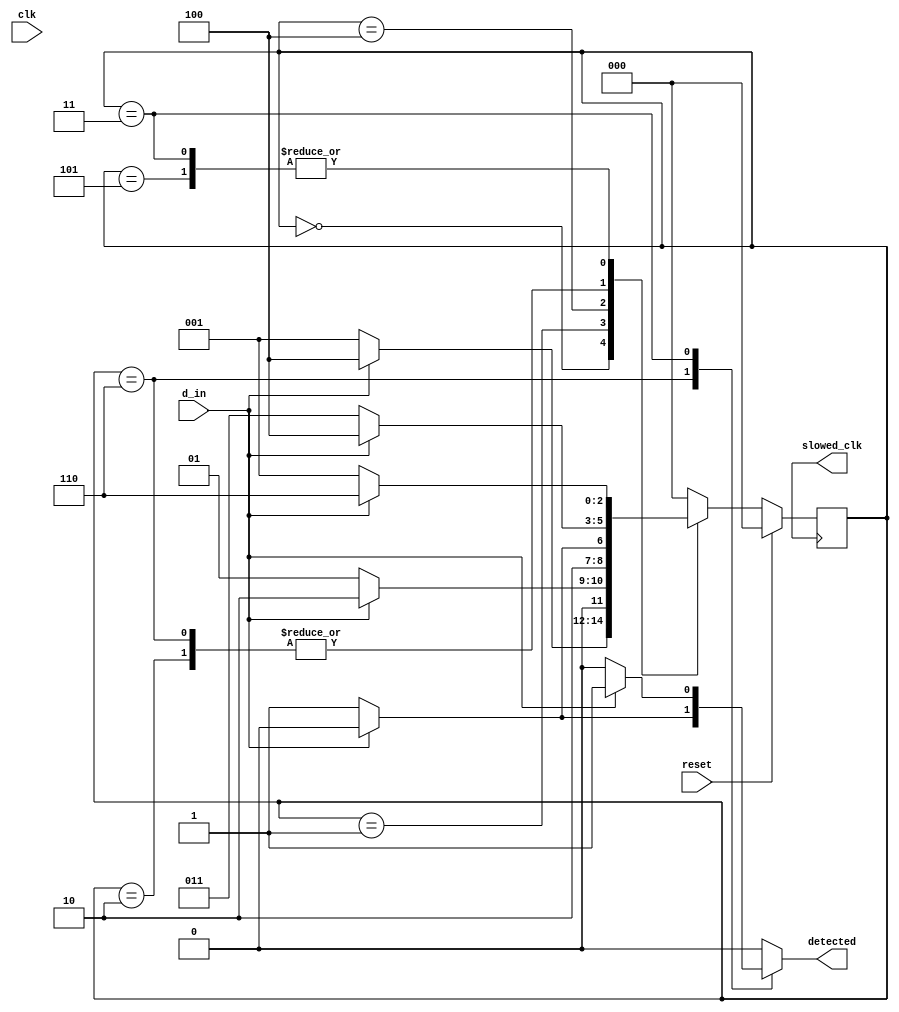

module top_mealy(
input clk,reset,d_in,
output detected,
output slowed_clk
    );
   parameter [2:0]S0 = 3'b000;  
   parameter [2:0]A0 = 3'b001;
   parameter [2:0]A01 = 3'b010;
   parameter [2:0]A010 = 3'b011;
   parameter [2:0]B1 = 3'b100;
   parameter [2:0]B10 = 3'b101;
   parameter [2:0]B101 = 3'b110;
   
   reg[2:0]cnt,nxt;
   reg z;
   
  
     
    always@(d_in or cnt)
   begin
     nxt = cnt;
     z = 0;
     
     case(cnt)
        S0 :
             if (d_in == 1'b0)
                 begin
                    nxt = A0;
                    z = 0;
                 end
              else begin
                  nxt = B1;
                  z = 0;
              end  
            
        A0 : 
             if (d_in == 1'b0) begin
                    nxt = A0;
                    z = 0;
                    end
              else begin nxt = A01;
              z = 0;
              end  
            
        A01 : 
             if (d_in == 1'b0) begin
                    nxt = A010;
                    z =0;
                    end
              else begin nxt = B1;  
              z = 0;
              end
           
         B1 : 
             if (d_in == 1'b0) begin
                    nxt = B10;
                    z=0;
                    end
             else begin nxt = B1; 
             z = 0;
             end  
             
        B10 : 
             if (d_in == 1'b0)
                    begin
                        nxt = A0;
                        z =0;
                    end  
              else begin 
              nxt = B101;  
              z =0;
              end 
            
        B101 : 
                 if (d_in == 1'b0)begin
                        nxt = A010;
                        z = 1;
                        end
                 else begin 
                 nxt = B1;
                 z = 0;
                 end     
                  
        A010 : 
                 if (d_in == 1'b0) begin
                        nxt = A0;
                        z = 0;
                        end
                 else begin
                 nxt = B101;
                 z = 1;
                 end     
                        
     default nxt = S0;                                    
     endcase
   end
   
 assign detected = z;  
 
   always@(posedge slowed_clk) 
   begin
     if(reset) 
        cnt <= S0;
     else 
        cnt <= nxt;
    end 
     
    
    
endmodule